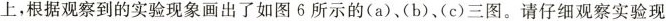
上，根据观察到的实验现象画出了如图6所示的(a)、(b)、(c)三图。请仔细观察实验现